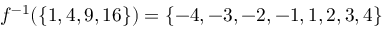
f ^ { - 1 } ( \left\{ 1 , 4 , 9 , 1 6 \right\} ) = \left\{ - 4 , - 3 , - 2 , - 1 , 1 , 2 , 3 , 4 \right\}